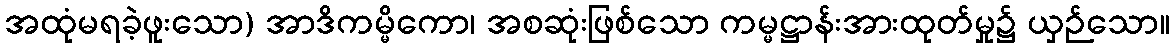
အထုံမရခဲ့ဖူးသော) အာဒိကမ္မိကော၊ အစဆုံးဖြစ်သော ကမ္မဋ္ဌာန်းအားထုတ်မှု၌ ယှဉ်သော။